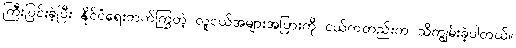
ကြီးပြင်းခဲ့ပြီး နိုင်ငံရေးတက်ကြွတဲ့ လူငယ်အများအပြားကို ငယ်ကတည်းက သိကျွမ်းခဲ့ပါတယ်။